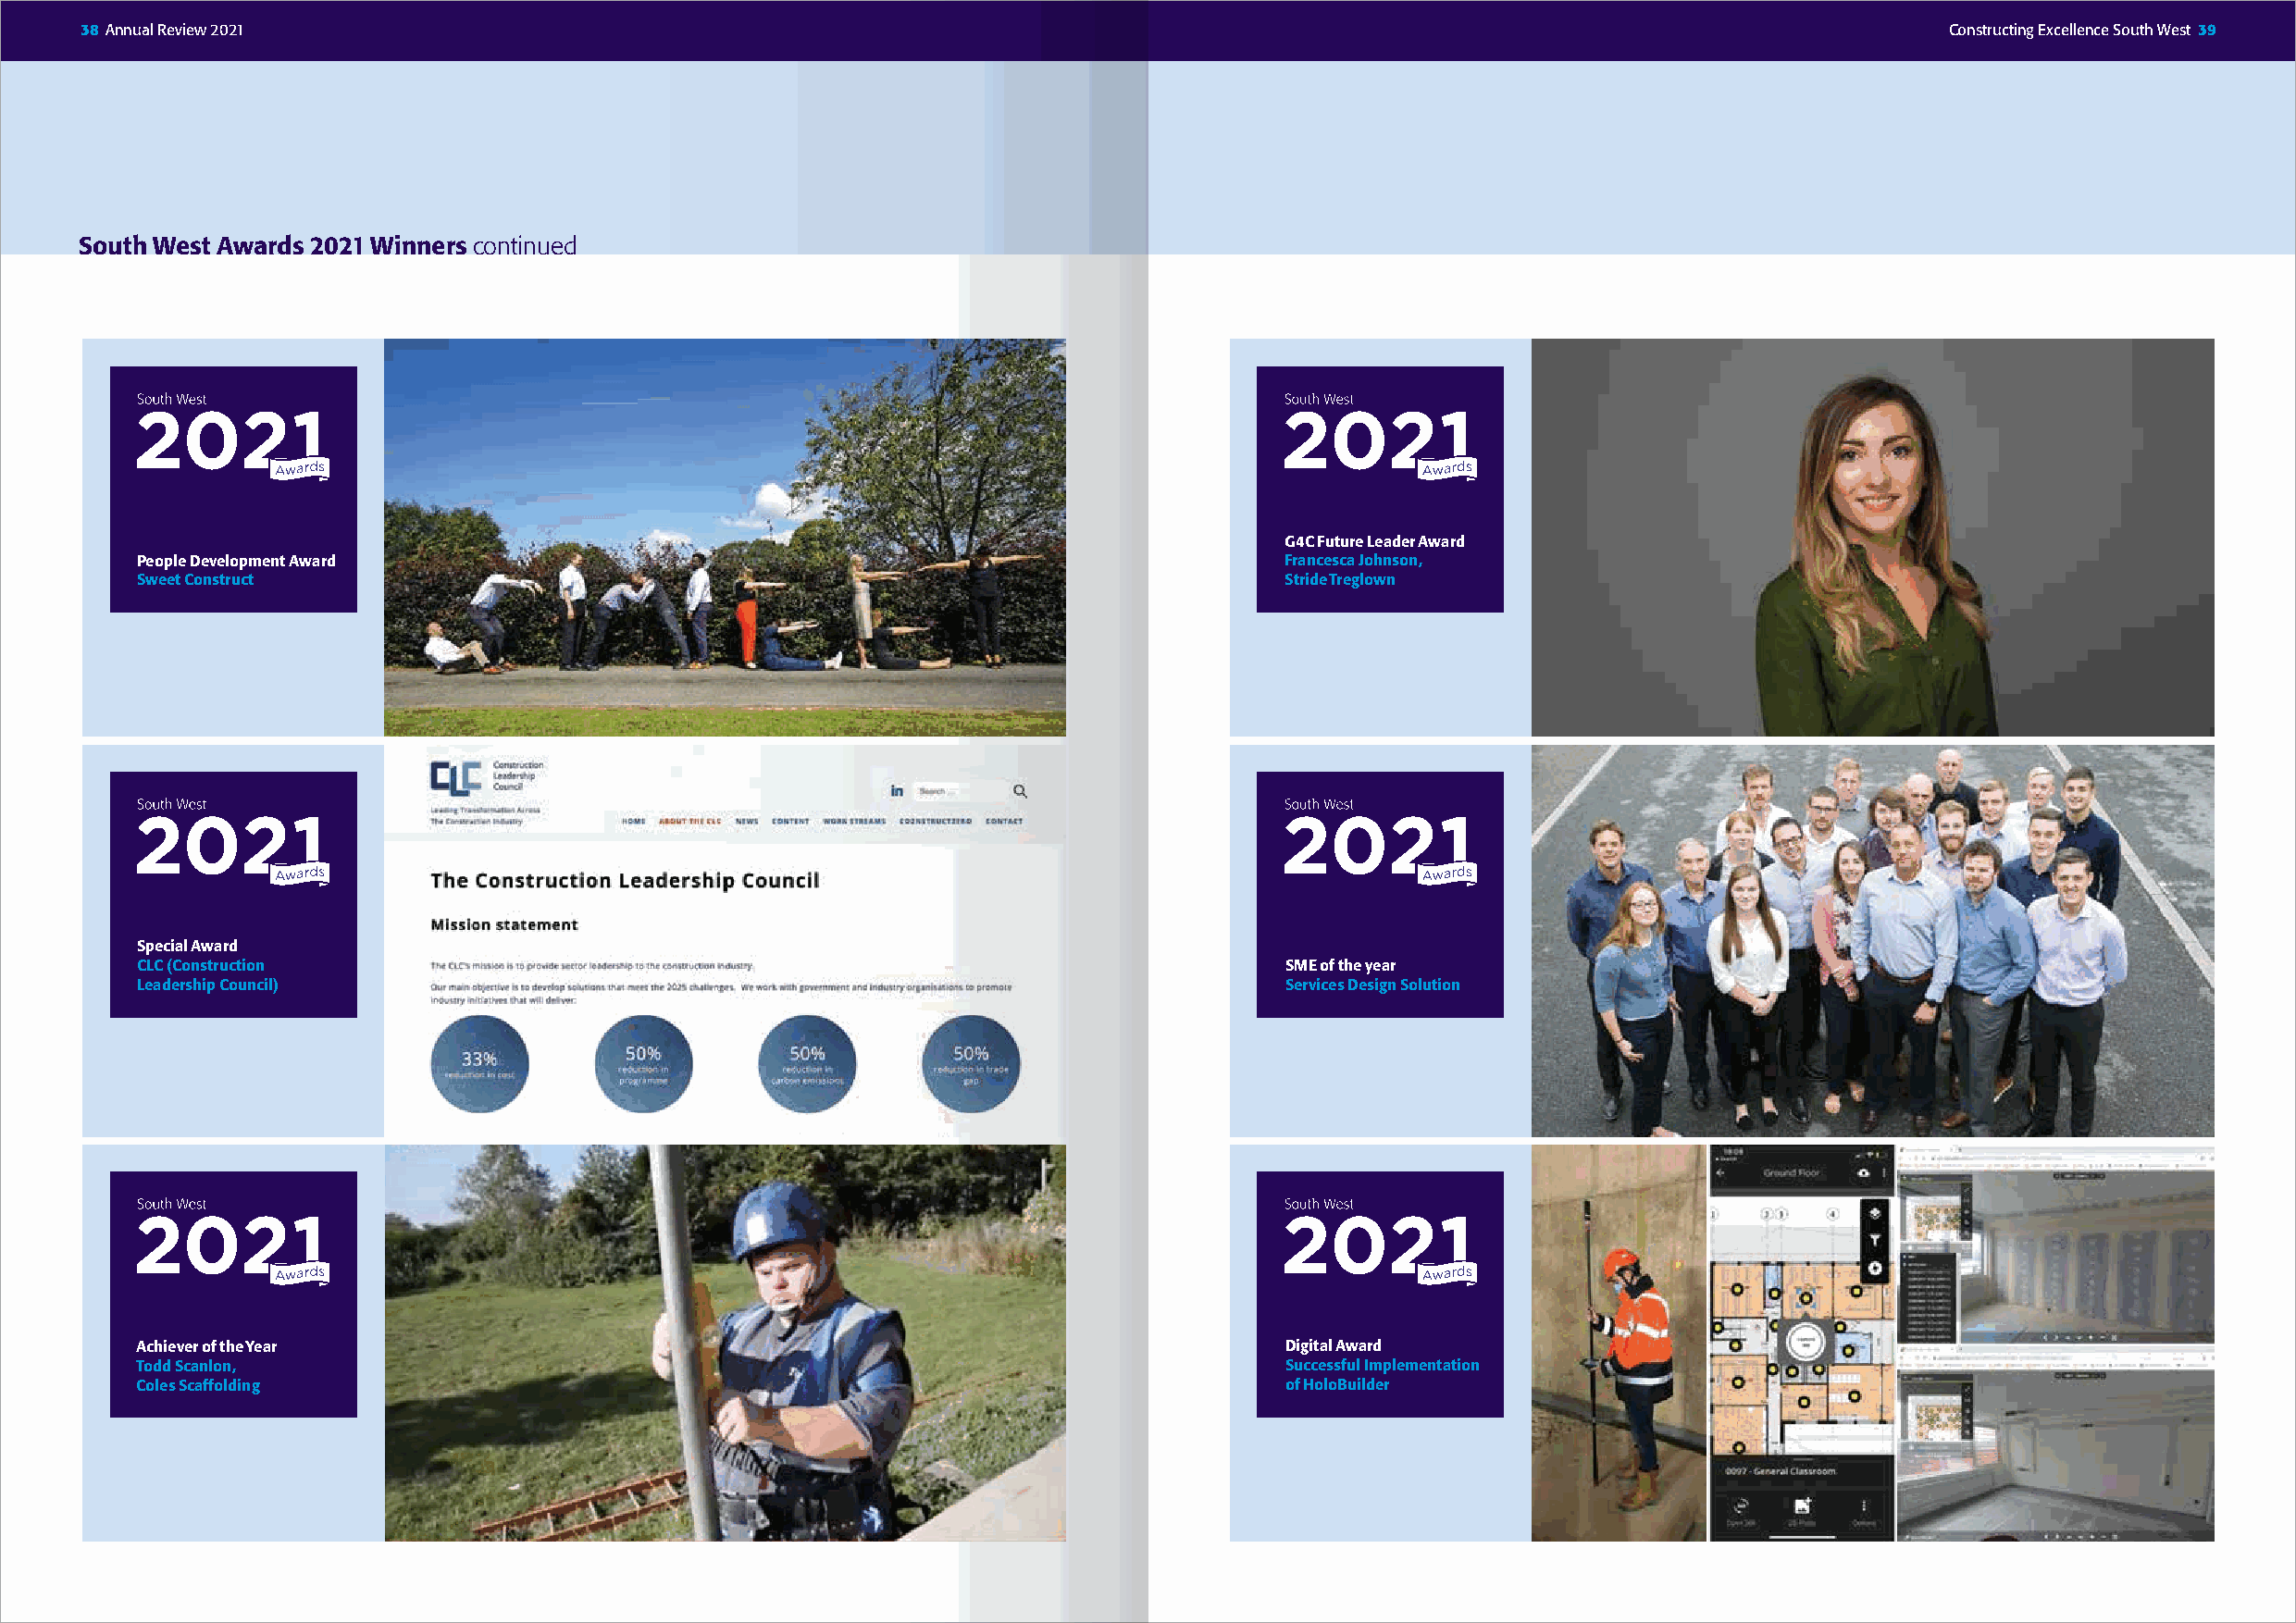
38 Annual Review 2021                                                                                                                Constructing Excellence South West 39
 South West Awards 2021 Winners continued
 G4C Future Leader Award
 People Development Award                                                          Francesca Johnson,
 Sweet Construct                                                                   Stride Treglown
 Special Award
 CLC (Construction                                                                 SME of the year
 Leadership Council)                                                               Services Design Solution
 Achiever of the Year                                                              Digital Award
 Todd Scanlon,                                                                     Successful Implementation
 Coles Scaffolding                                                                 of HoloBuilder